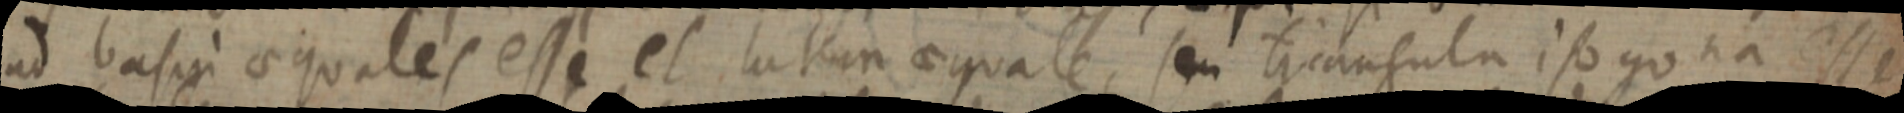
ad basin aequales esse et latem aequale, seu triangula iso go na esse